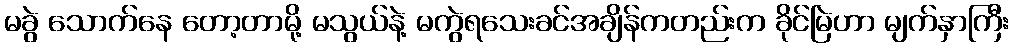
မခွဲ သောက်နေ တော့တာမို့ မသွယ်နဲ့ မကွဲရသေးခင်အချိန်ကတည်းက ခိုင်မြဲဟာ မျက်နှာကြီး